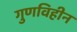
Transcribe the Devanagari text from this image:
गुणविहीन